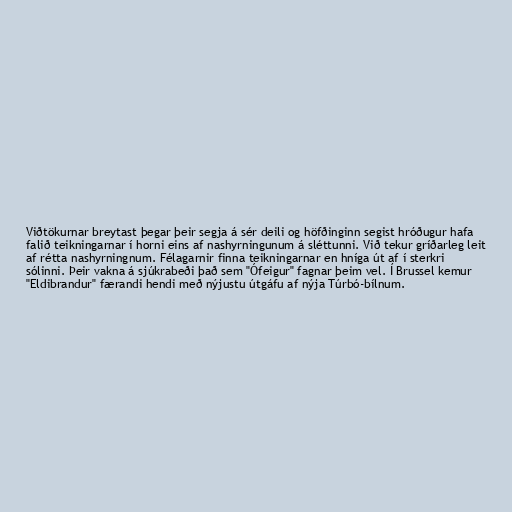
Viðtökurnar breytast þegar þeir segja á sér deili og höfðinginn segist hróðugur hafa
falið teikningarnar í horni eins af nashyrningunum á sléttunni. Við tekur gríðarleg leit
af rétta nashyrningnum. Félagarnir finna teikningarnar en hníga út af í sterkri
sólinni. Þeir vakna á sjúkrabeði það sem "Ófeigur" fagnar þeim vel. Í Brussel kemur
"Eldibrandur" færandi hendi með nýjustu útgáfu af nýja Túrbó-bílnum.